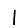
Digit: 1